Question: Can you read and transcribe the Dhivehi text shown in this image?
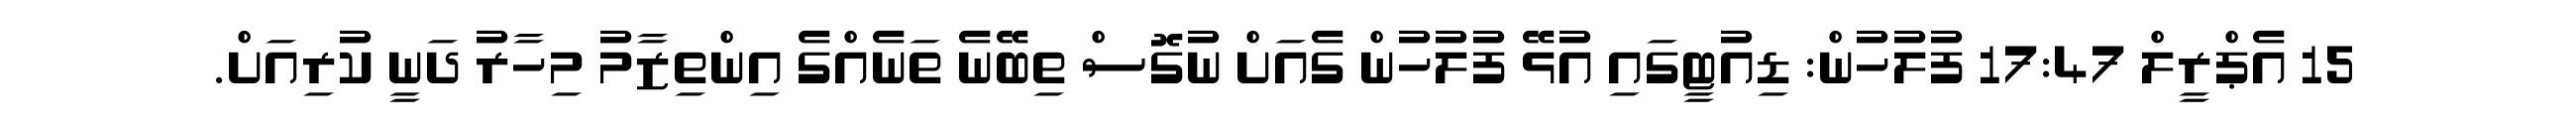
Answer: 15 އެޕްރީލް 17:47 ފުލުހުން: ޑިއުޓީގައި އުޅޭ ފުލުހުން ގެއަށް ނުގޮސް ތިބޭނެ ތަނެއްގެ އިންތިޒާމު މިހާރު ދަނީ ކުރިއަށް.